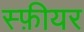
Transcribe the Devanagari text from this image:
स्फ़ीयर